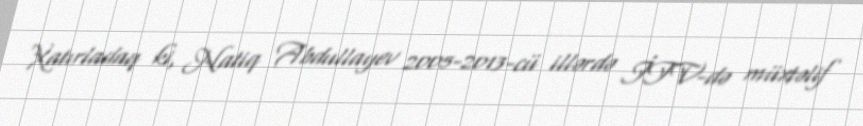
Xatırladaq ki, Natiq Abdullayev 2005-2013-cü illərdə İTV-də müxtəlif